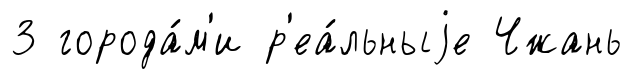
3 города́м'и р'еа́льныjе Чжань